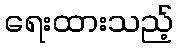
ရေးထားသည့်